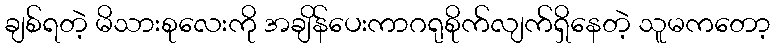
ချစ်ရတဲ့ မိသားစုလေးကို အချိန်ပေးကာဂရုစိုက်လျက်ရှိနေတဲ့ သူမကတော့